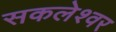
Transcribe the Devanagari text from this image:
सकलेश्वर